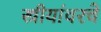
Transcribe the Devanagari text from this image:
स्त्रीयांवरचे